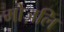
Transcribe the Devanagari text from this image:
मोज़लि